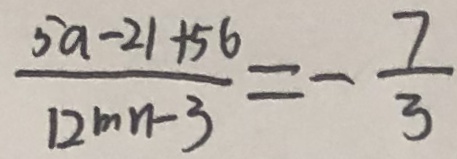
\frac { 5 a - 2 1 + 5 6 } { 1 2 m n - 3 } = - \frac { 7 } { 3 }